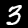
Label: 3